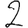
Digit: 2